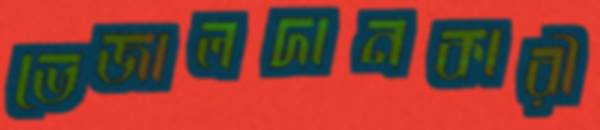
ভেজালদানকারী